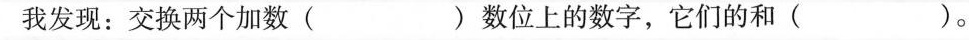
我发现：交换两个加数( )数位上的数字，它们的和( )。